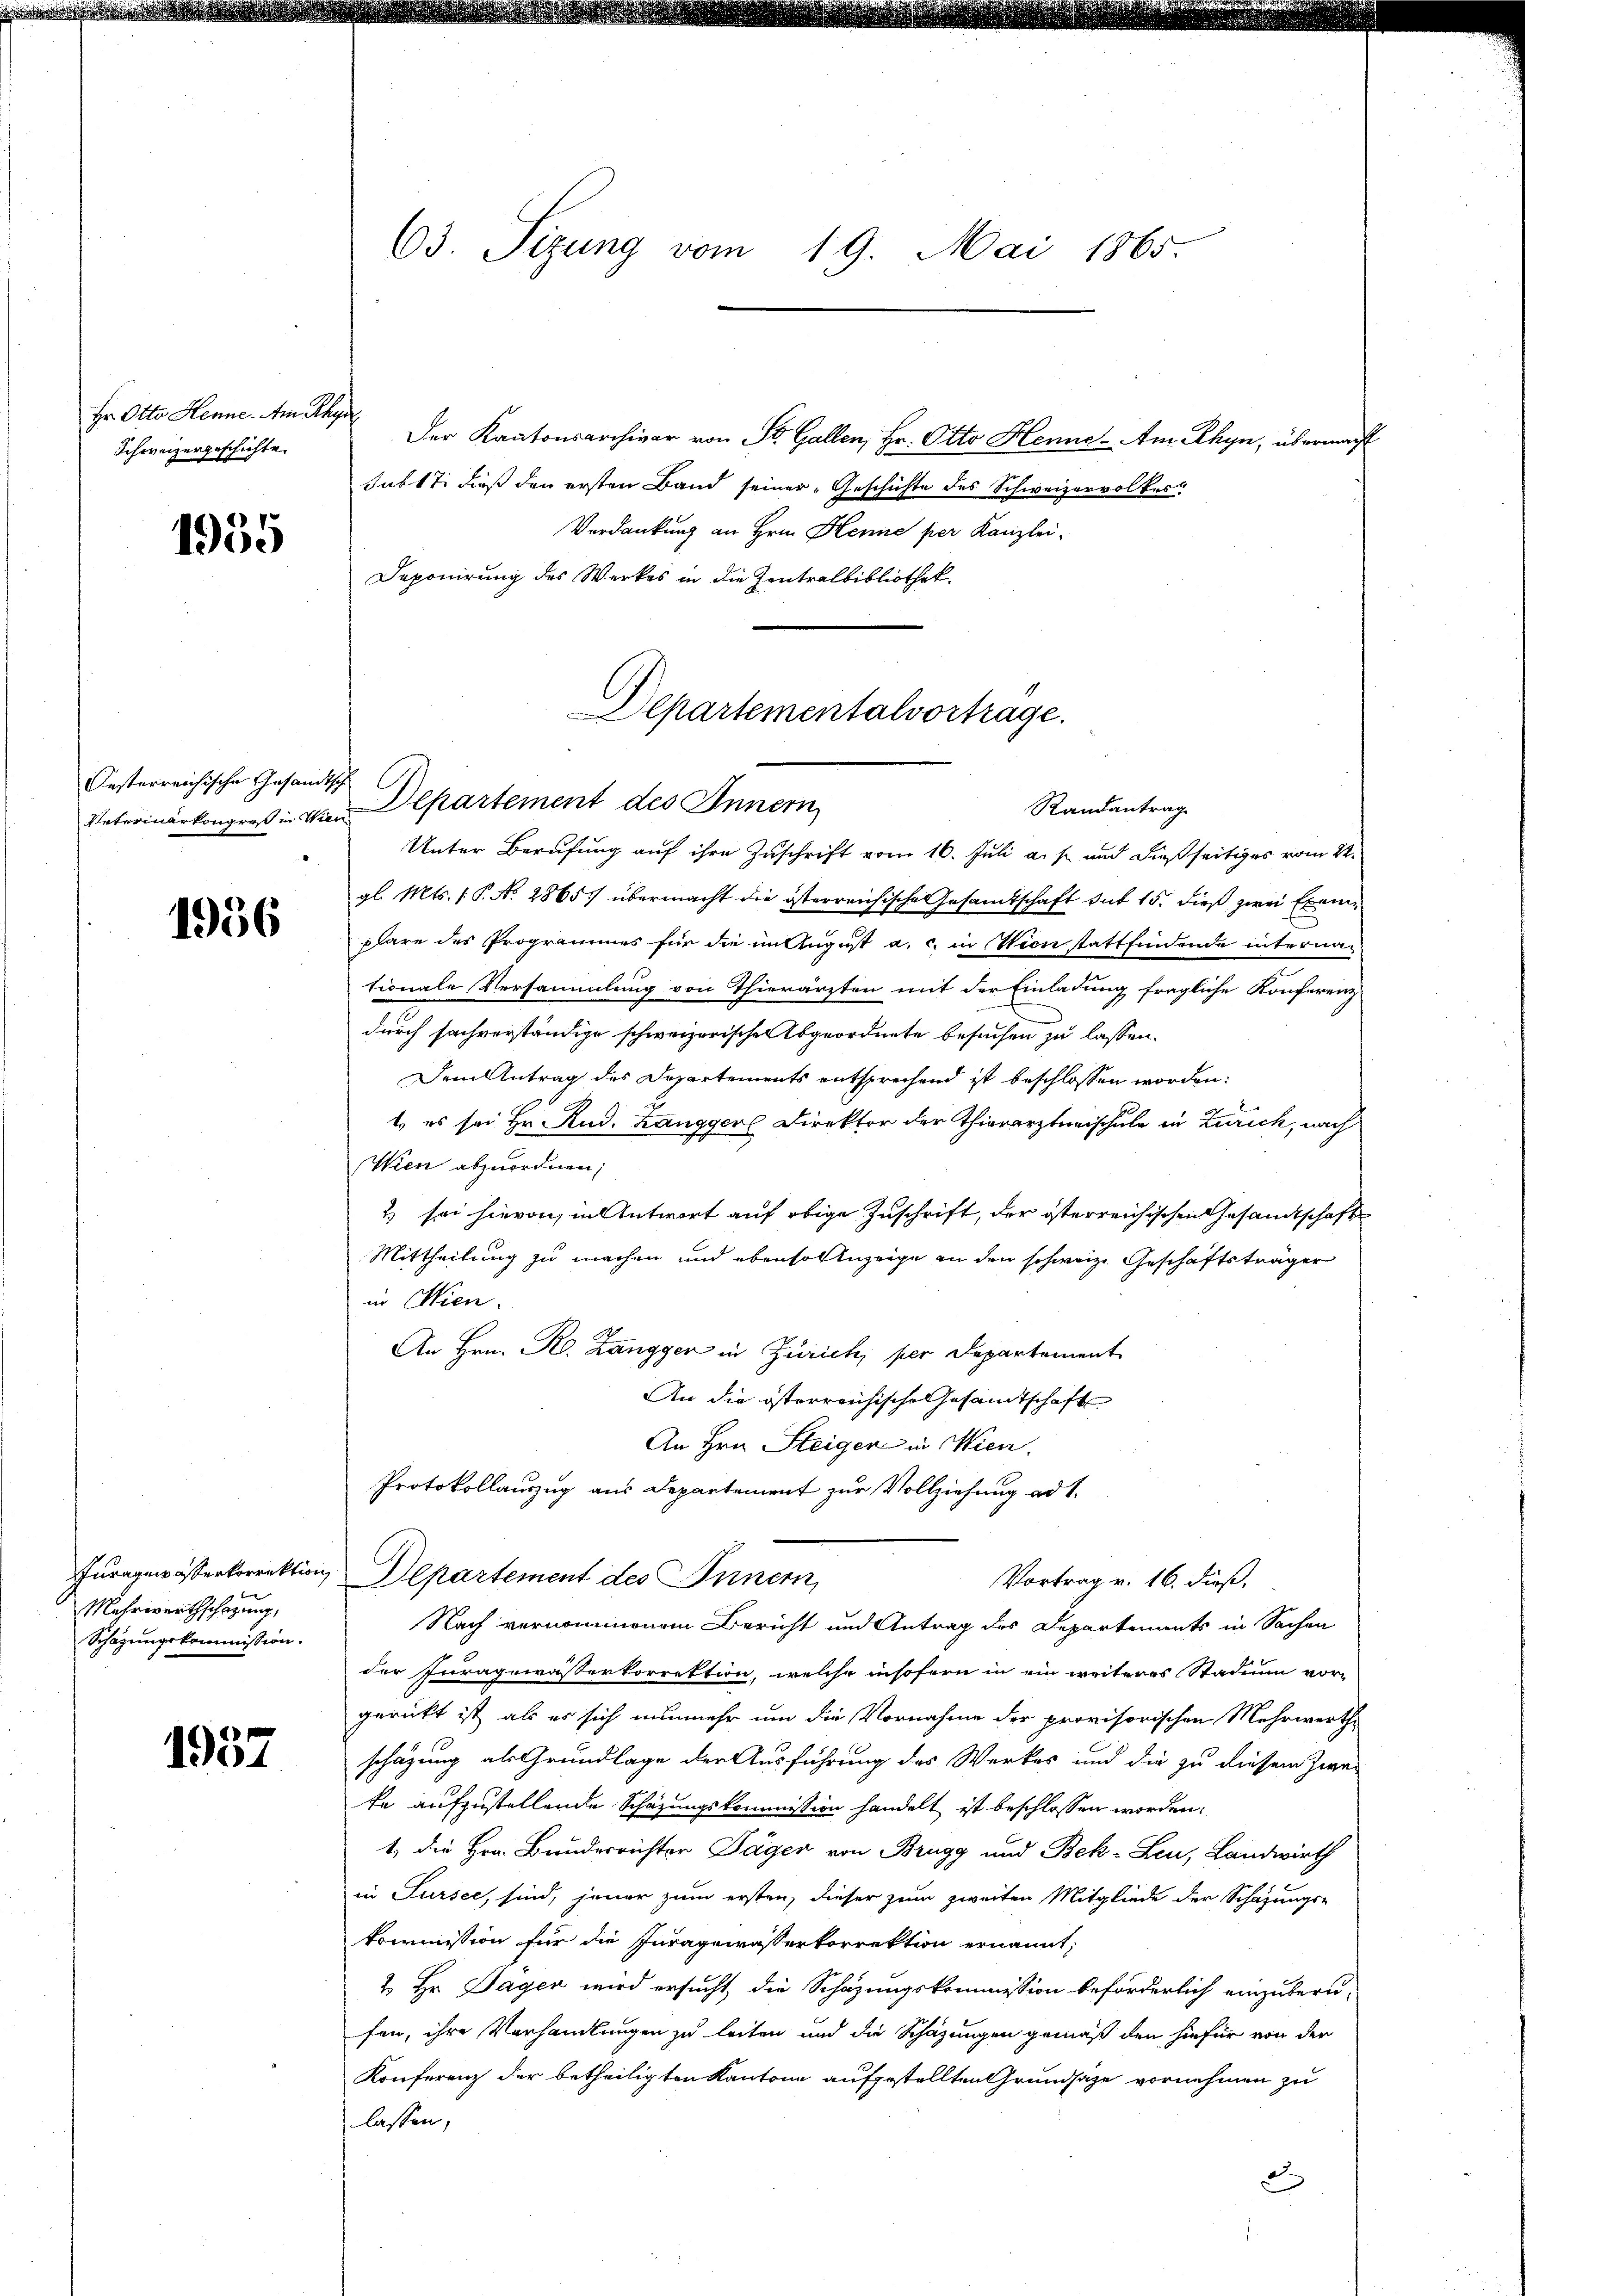
Hr. Otto Henne. Am Rhy
Schweizergeschichte.

1955

Oesterreichische Gesandtsch

1956

Iuragewasserkorrektion
Mehrwerthschazung,
Schazungskommission.

1957

63. Sizung vom 19. Mai 1865

Verdankung an Hrn. Henne per Kanzlei-
Deponirung des Werkes in die Zentralbibliothek
Unter Berufung auf ihre Zuschrift vom 16. Juli a. f. und dießseitiges vom 22.
gl. Mts. (: P. No. 2865 übermacht die österreichische Gesamtschaft sub 15. dieß zwei Exem
plare des Programmes für die im August a. c. in Wien stattfindende internationale Versammlung von Thierärzten mit der Einladung fragliche Konferenz
durch sachverständige schweizerische Abgeordnete besuchen zu lassen.
Dem Antrag des Departements entsprechend ist beschlossen worden:
t es sei Hr. Rud. Langger Direktor der Thierarztneischule in Zürich, nach
Wien abzuordnen;
2 sei hievon in Antwort auf obige Zuschrift, der österreichischen Gesandtschaft
Mittheilung zu machen und ebensolenzeige an den schweiz. Geschäftsträger
in Wien.
An Hrn. R. Zanggen in Zürich, per Departement
An die österreichische Gesamtschaft
An Hrn. Steiger in Wien.
Protokollauszug aus Departement zur Vollziehung ad 1.
Departement des Innern,
Vortrag v. 16. dieß,
Nach vernommenem Bericht und Antrag des Departements in Sachen
der Juragewässerkorrektion, welche insofern in ein weiteres Stadium vor-
gerückt ist, als es sich nunmehr um die Vornahme der provisorischen Mehrwerthe
schäzung als Grundlage der Ausführung des Werkes und die zu diesem Zwe
te aufzustellende Schazungskommission handelt ist beschlossen worden.
1, die Hrn. Bunderrichter Jäger von Brugg und Bek-Leu, Landwirth
in Sursee, sind, jener zum ersten, dieser zum zweiten Mitgliede der Schazungs-
kommission für die Incagewässerkorrektion ernannt,
2.) Hr. Tagen wird ersucht, die Schazungskommission beförderlich einzuberu-
fen, ihre Verhandlungen zu leiten und die Schazungen gemäß den hiefür von der
Konferenz der betheiligten Kantone aufgestellten Grundsaze vornehmen zu
lassen,

Departementalvortrage.
Vaterinärkongreß in von Departement des Innern

Der Kantonsarchivar von St. Gallen, Hr. Otto Henne. Am Rhyn, übermacht
subst dieß den ersten Band seiner „Geschichte des Schweizervolker

Randantrag